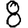
Digit: 8